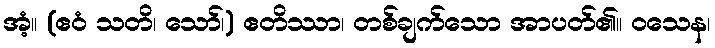
အံ့။ (ဧဝံ သတိ၊ သော်၊) ဧတိဿာ၊ တစ်ချက်သော အာပတ်၏။ ဝသေန၊